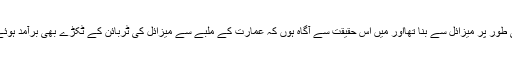
یہ یقینی طور پر میزائل سے بنا تھااور میں اس حقیقت سے آگاہ ہوں کہ عمارت کے ملبے سے میزائل کی ٹربائن کے ٹکڑے بھی برآمد ہوئے تھے۔